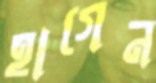
হাগেন